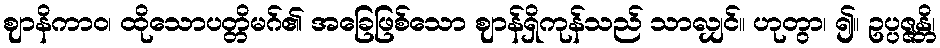
ဈာနိကာဝ၊ ထိုသောပတ္တိမဂ်၏ အခြေဖြစ်သော ဈာန်ရှိကုန်သည် သာလျှင်။ ဟုတွာ၊ ၍။ ဥပ္ပဇ္ဇန္တိ၊